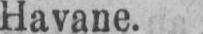
Havane.